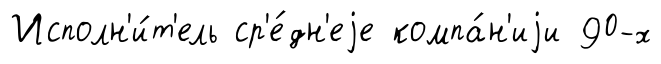
Исполн'и́т'ель ср'е́дн'еjе компа́н'иjи 90-х